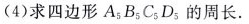
(4)求四边形A_{5}B_{5}C_{5}D_{5}的周长.